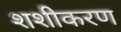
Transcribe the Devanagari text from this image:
शशीकरण